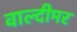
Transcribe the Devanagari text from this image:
वाल्दीमर